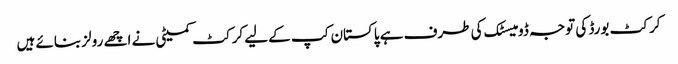
کرکٹ بورڈ کی توجہ ڈومیسٹک کی طرف ہے پاکستان کپ کےلیے کرکٹ کمیٹی نے اچھے رولز بنائے ہیں